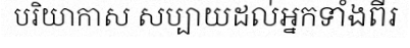
បរិយាកាស សប្បាយដល់អ្នកទាំងពីរ